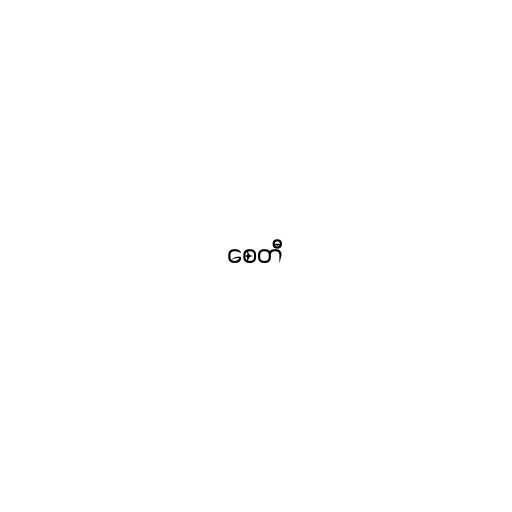
စေတီ